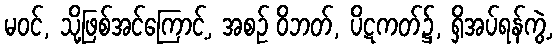
မဝင်, သို့ဖြစ်အင်ကြောင့်, အစဉ် ဝိဘတ်, ပိဋကတ်၌, ရှိအပ်ရန်ကွဲ့,